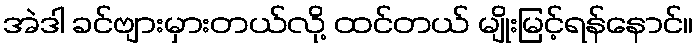
အဲဒါ ခင်ဗျားမှားတယ်လို့ ထင်တယ် မျိုးမြင့်ရန်နောင်။